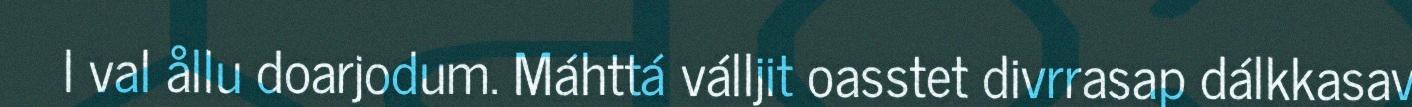
l val ållu doarjodum. Máhttá válljit oasstet divrrasap dálkkasav